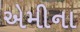
એમીના